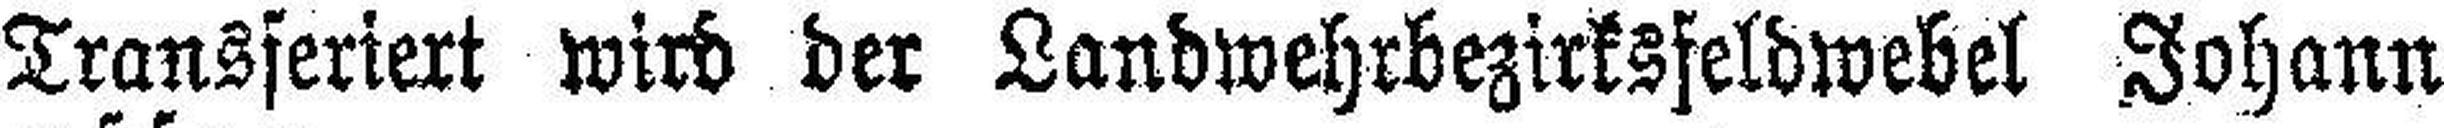
Transferiert wich der Landwehrbezirksfeldwebel Johann